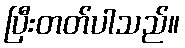
ပြီးတတ်ပါသည်။